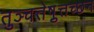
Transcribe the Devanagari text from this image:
तुञ्चत्तेष़ुत्तच्छन